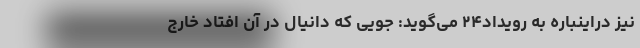
نیز دراینباره به رویداد‌۲۴ می‌گوید: جویی که دانیال در آن افتاد خارج